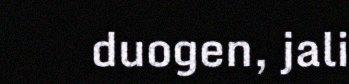
duogen, jali